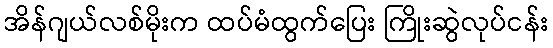
အိန်ဂျယ်လစ်မိုးက ထပ်မံထွက်ပြေး ကြိုးဆွဲလုပ်ငန်း